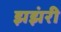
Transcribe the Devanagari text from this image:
झझंरी